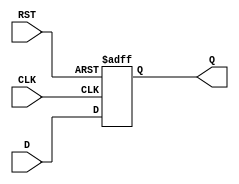
`timescale 1ns / 1ps
//////////////////////////////////////////////////////////////////////////////////
// Company: 
// Engineer: 
// 
// Design Name: 
// Module Name: PIPO
// Project Name: 
// Target Devices: 
// Tool Versions: 
// Description: 
// 
// Dependencies: 
// 
// Revision:
// Revision 0.01 - File Created
// Additional Comments:
// 
//////////////////////////////////////////////////////////////////////////////////
module D(D,CLK,RST,Q);
input D,CLK,RST;
output reg Q;
always@(posedge CLK or posedge RST)
begin
if(RST==1)
Q<=0;

else 
Q<=D;
end
endmodule

module PIPO(OUT,IN,CLK,RST);
input [3:0]IN;
input CLK,RST;
output [3:0]OUT;

D F1(IN[0],CLK,RST,OUT[0]);
D F2(IN[1],CLK,RST,OUT[1]);
D F3(IN[2],CLK,RST,OUT[2]);
D F4(IN[3],CLK,RST,OUT[3]);

endmodule